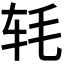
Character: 𬨁